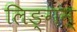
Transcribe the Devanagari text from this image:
लिङ्गम्‌